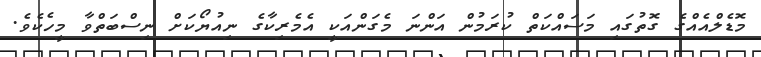
މޮޑެލްއެއްގެ ގޮތުގައި މަސައްކަތް ކުރަމުން އަންނަ މެގަންއަކީ އެމެރިކާގެ ނިއުޔޯކަށް ނިސްބަތްވާ މީހެކެވެ.